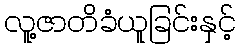
လူ့ဇာတိခံယူခြင်းနှင့်